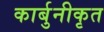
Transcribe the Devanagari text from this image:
कार्बुनीकृत